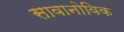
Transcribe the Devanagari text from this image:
सावानोविक